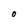
Character: 0